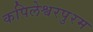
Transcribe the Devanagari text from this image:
कपिलेश्वरपुरम